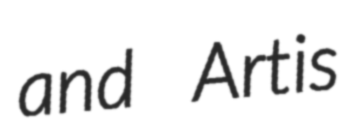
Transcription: and Artis